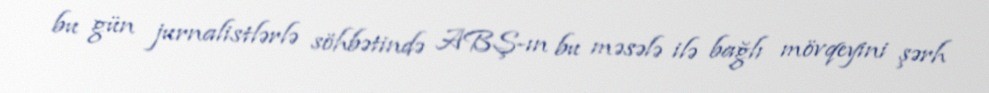
bu gün jurnalistlərlə söhbətində ABŞ-ın bu məsələ ilə bağlı mövqeyini şərh